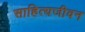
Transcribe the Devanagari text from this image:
साहित्यजीवन